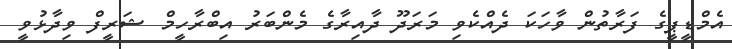
އެމްޑީޕީގެ ފަރާތުން ވާހަކަ ދެއްކެވި މަރަދޫ ދާއިރާގެ މެންބަރު އިބްރާހީމް ޝަރީފް ވިދާޅުވީ